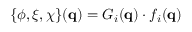
\{ \phi , \xi , \chi \} ( \mathbf { q } ) = G _ { i } ( \mathbf { q } ) \cdot f _ { i } ( \mathbf { q } )